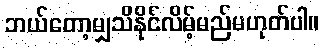
ဘယ်တော့မျှသိနိုင်လိမ့်မည်မဟုတ်ပါ။